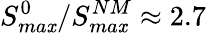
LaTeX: S_{ma\mathit{x}}^{0}/S_{ma\mathit{x}}^{NM}\approx2.7